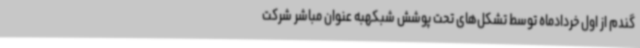
گندم از اول خردادماه توسط تشکل‌های تحت پوشش شبکهبه عنوان مباشر شرکت